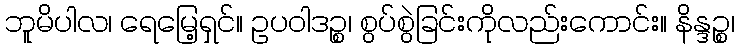
ဘူမိပါလ၊ ရေမြေ့ရှင်။ ဥပဝါဒဉ္စ၊ စွပ်စွဲခြင်းကိုလည်းကောင်း။ နိန္ဒဉ္စ၊